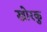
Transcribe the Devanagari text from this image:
खोरकु